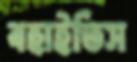
বহাইতিস